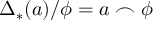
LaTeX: \Delta _ { * } ( a ) / \phi = a \frown \phi